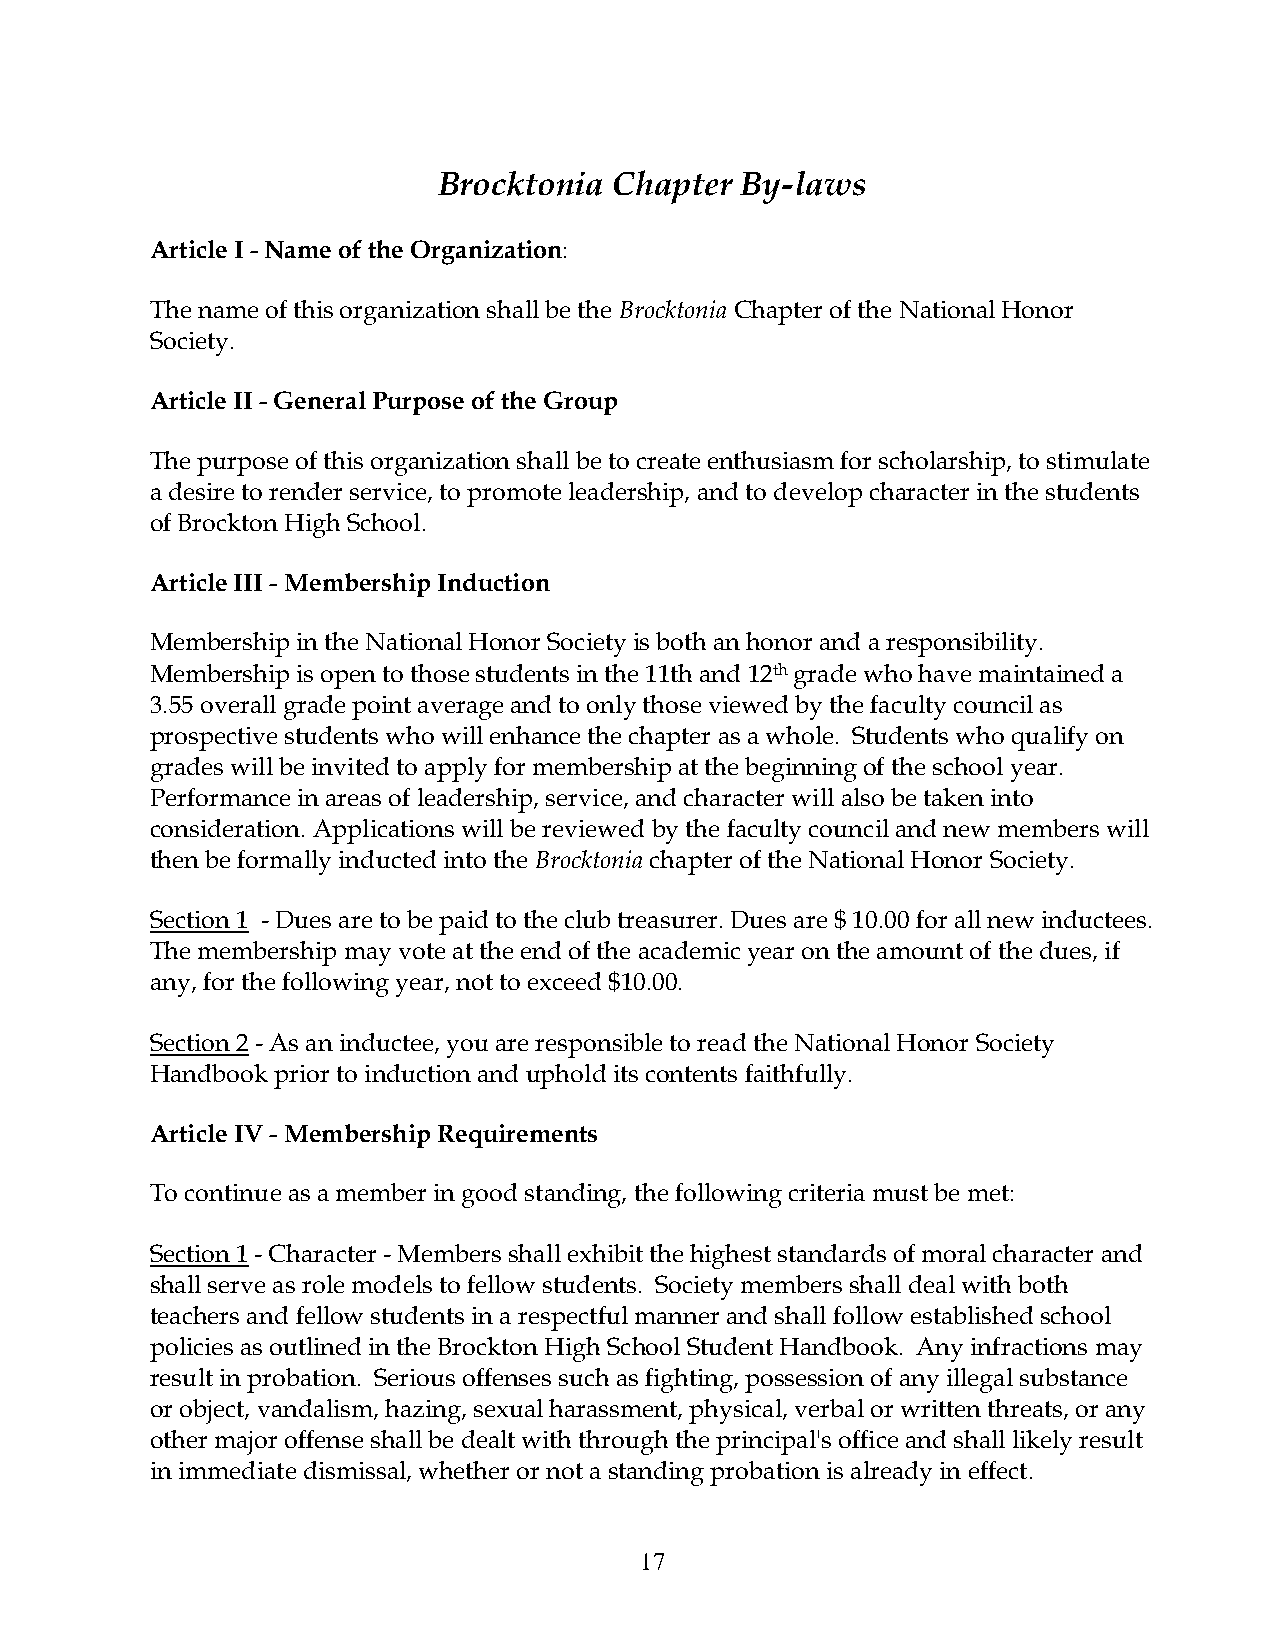
Brocktonia  Chapter By-laws
 Article I - Name of the Organization:
 The name of this organization shall be the Brocktonia Chapter of the National Honor
 Society.
 Article II - General Purpose of the Group
 The purpose of this organization shall be to create enthusiasm for scholarship, to stimulate
 a desire to render service, to promote leadership, and to develop character in the students
 of Brockton High School.
 Article III - Membership Induction
 Membership in the National Honor Society is both an honor and a responsibility.
 Membership is open to those students in the 11th and 12th grade who have maintained a
 3.55 overall grade point average and to only those viewed by the faculty council as
 prospective students who will enhance the chapter as a whole. Students who qualify on
 grades will be invited to apply for membership at the beginning of the school year.
 Performance in areas of leadership, service, and character will also be taken into
 consideration. Applications will be reviewed by the faculty council and new members will
 then be formally inducted into the Brocktonia chapter of the National Honor Society.
 Section 1 - Dues are to be paid to the club treasurer. Dues are $ 10.00 for all new inductees.
 The membership may vote at the end of the academic year on the amount of the dues, if
 any, for the following year, not to exceed $10.00.
 Section 2 - As an inductee, you are responsible to read the National Honor Society
 Handbook prior to induction and uphold its contents faithfully.
 Article IV - Membership Requirements
 To continue as a member in good standing, the following criteria must be met:
 Section 1 - Character - Members shall exhibit the highest standards of moral character and
 shall serve as role models to fellow students. Society members shall deal with both
 teachers and fellow students in a respectful manner and shall follow established school
 policies as outlined in the Brockton High School Student Handbook. Any infractions may
 result in probation. Serious offenses such as fighting, possession of any illegal substance
 or object, vandalism, hazing, sexual harassment, physical, verbal or written threats, or any
 other major offense shall be dealt with through the principal's office and shall likely result
 in immediate dismissal, whether or not a standing probation is already in effect.
 17